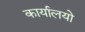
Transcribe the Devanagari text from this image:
कार्यालयो